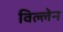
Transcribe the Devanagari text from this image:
विल्लेन